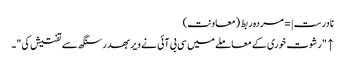
نادرست |=مردہ ربط (معاونت)
↑ "رشوت خوری کے معاملے میں سی بی آئی نے ویر بھدر سنگھ سے تفتیش کی"۔